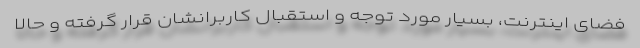
فضای اینترنت، بسیار مورد توجه و استقبال کاربرانشان قرار گرفته و حالا